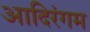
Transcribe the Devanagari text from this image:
आदिरंगम